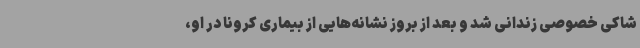
شاکی خصوصی زندانی شد و بعد از بروز نشانه‌هایی از بیماری کرونا در او،